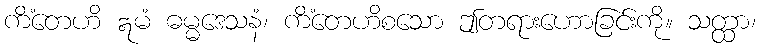
ကိံတေဟိ ဣမံ ဓမ္မဒေသနံ၊ ကိံတေဟိစသော ဤတရားဟောခြင်းကို။ သတ္ထာ၊